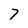
Character: 7